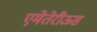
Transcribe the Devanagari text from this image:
एमेतेरीऊस